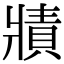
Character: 𤖓